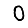
Digit: 0